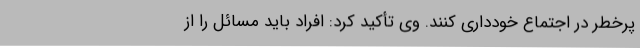
پرخطر در اجتماع خودداری کنند. وی تأکید کرد: افراد باید مسائل را از